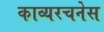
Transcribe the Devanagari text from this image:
काव्यरचनेस